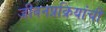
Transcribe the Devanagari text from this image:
जीवनप्रक्रियांची